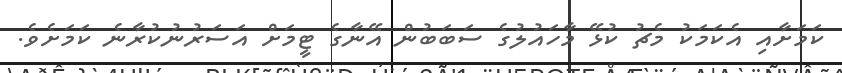
ކަމަށާއި އެކަމަކު މެޗު ކުޅޭ މާހައުލުގެ ސަބަބުން އޭނާގެ ޓީމަށް އަސަރުނުކުރާނެ ކަމަށެވެ.